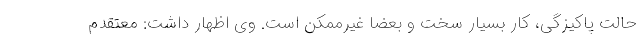
حالت پاکیزگی، کار بسیار سخت و بعضا غیرممکن است. وی اظهار داشت: معتقدم